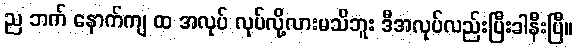
ည ဘက် နောက်ကျ ထ အလုပ် လုပ်လို့လားမသိဘူး ဒီအလုပ်လည်းပြီးခါနီးပြီ။